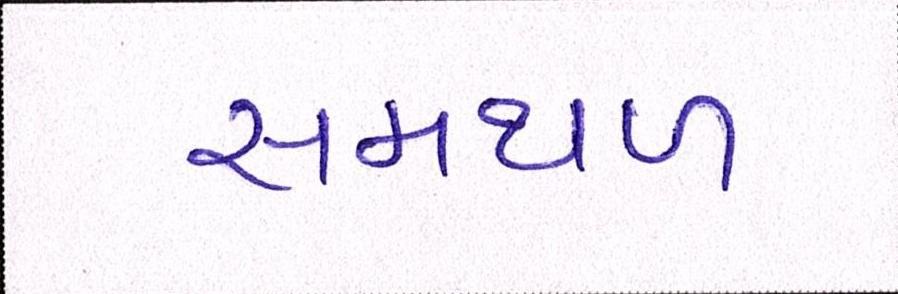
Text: સમથળ